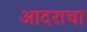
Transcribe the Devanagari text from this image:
आदराचा